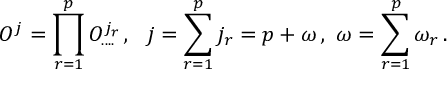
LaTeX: O ^ { j } = \prod _ { r = 1 } ^ { p } O _ { . . . . } ^ { j _ { r } } \, , \, \, \, \, j = \sum _ { r = 1 } ^ { p } j _ { r } = p + \omega \, , \, \, \omega = \sum _ { r = 1 } ^ { p } \omega _ { r } \, .